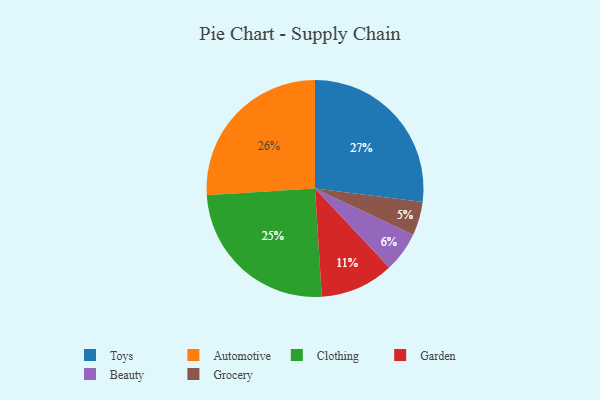
{"axis": {"x": "Category", "y": "Percentage"}, "legend": ["Automotive", "Beauty", "Clothing", "Garden", "Grocery", "Toys"], "data": [{"x": "Grocery", "y": 5, "type": "Grocery"}, {"x": "Beauty", "y": 6, "type": "Beauty"}, {"x": "Garden", "y": 11, "type": "Garden"}, {"x": "Toys", "y": 27, "type": "Toys"}, {"x": "Clothing", "y": 25, "type": "Clothing"}, {"x": "Automotive", "y": 26, "type": "Automotive"}]}